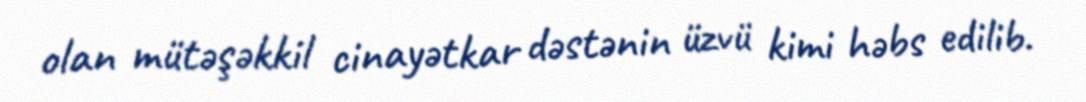
olan mütəşəkkil cinayətkar dəstənin üzvü kimi həbs edilib.